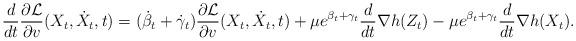
LaTeX: \begin{align*}\frac{d}{dt}\frac{\partial\mathcal{L}}{\partial v}(X_t, \dot X_t, t) &= (\dot \beta_t + \dot \gamma_t) \frac{\partial\mathcal{L}}{\partial v} (X_t, \dot X_t, t)+ \mu e^{ \beta_t + \gamma_t}\frac{d}{dt}\nabla h(Z_t) - \mu e^{\beta_t + \gamma_t} \frac{d}{dt}\nabla h(X_t). \end{align*}